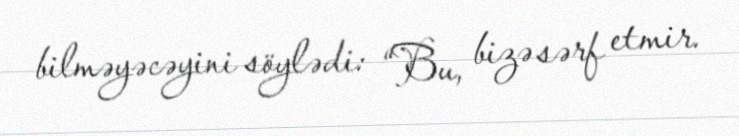
bilməyəcəyini söylədi: “Bu, bizə sərf etmir.